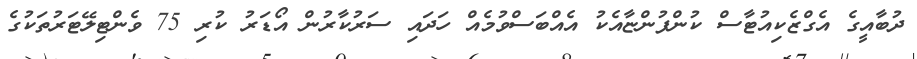
ދުބާއީގެ އެގްޒެކިއުޓާސް ކުންފުންޏާއެކު އެއްބަސްވުމެއް ހަދައި ސަރުކާރުން އޯޑަަރު ކުރި 75 ވެންޓިލޭޓަރުތަކުގެ